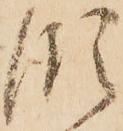
領